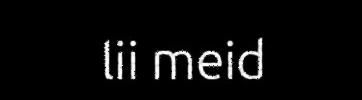
lii meid